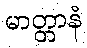
မာတ္တာနံ